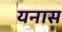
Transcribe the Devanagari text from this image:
यनास